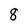
Character: 8